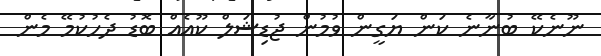
ނޫނެކޭ ބުނާނެ ކަން ޔަގީން ވުމުން ޖުޑިޝަލް ކޫއެއް ބޮޑު ދެހުކުމޭ މެން